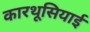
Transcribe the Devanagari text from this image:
कारथूसियाई